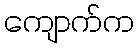
ကျောက်က